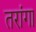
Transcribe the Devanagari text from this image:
तरांगा